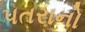
પતરાનો